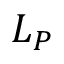
L _ { P }